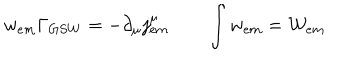
w _ { e m } \Gamma _ { G S W } = - \partial _ { \mu } j _ { e m } ^ { \mu } \qquad \int w _ { e m } = { \cal { W } } _ { e m } \nonumber { } \,